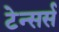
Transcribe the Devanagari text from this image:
टेन्सर्स